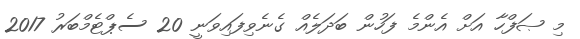
މި ޞަފްހާ އަށް އެންމެ ފަހުން ބަދަލެއް ގެނެވިފައިވަނީ 20 ސެޕްޓެމްބަރު 2017